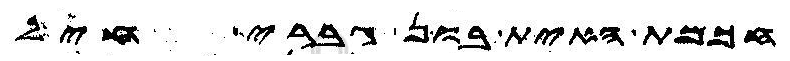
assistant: חכמת האית בון גברי חיל